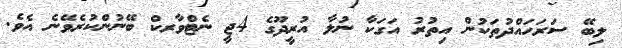
ލިބޭ ސަރަހައްދުތަކުން އިތުރު އަގަކާ ނުލާ އުރީދޫގެ 4ޖީ ނެޓްވާރކް ބޭނުންކުރެވޭނެ އެވެ.